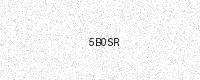
Text: 5B0SR